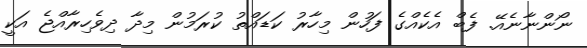
ނޯންނާނެއޭ. ފެބް އެކެއްގެ ފަހުން މިހާރު ކަޑައްތު ކުރަމުން މިދާ ދިވެހިރާއްޖެ އަކީ